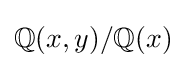
\mathbb {Q} (x,y)/\mathbb {Q} (x)